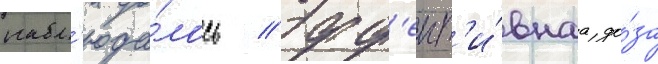
набл'юда́лось // Эфф'ект'и́внаа до́за